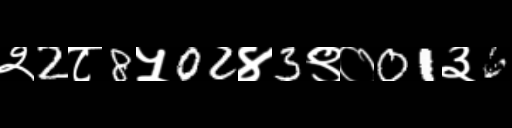
Text: २2८8५02४3९०01३6